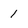
Character: 1